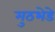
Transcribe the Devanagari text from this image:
मुठभेडे